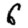
Digit: 6